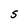
Character: S